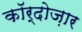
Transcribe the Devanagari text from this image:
कॉर्दोज़ार